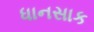
ધાનસાક